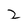
Character: z